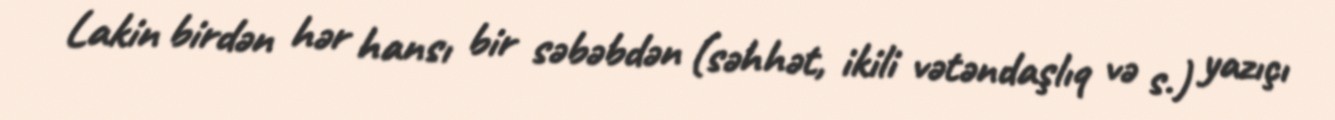
Lakin birdən hər hansı bir səbəbdən (səhhət, ikili vətəndaşlıq və s.) yazıçı